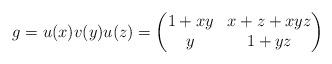
LaTeX: \begin{align*}g=u(x)v(y)u(z)=\begin{pmatrix} 1+xy&x+z+xyz\\ y&1+yz\end{pmatrix}\end{align*}